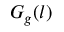
G _ { g } ( l )